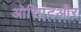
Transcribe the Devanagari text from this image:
ओरिएंटऔर